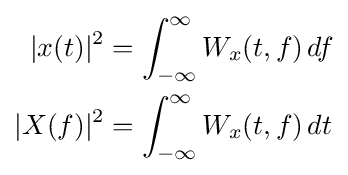
{\begin{aligned}|x(t)|^{2}&=\int _{-\infty }^{\infty }W_{x}(t,f)\,df\\|X(f)|^{2}&=\int _{-\infty }^{\infty }W_{x}(t,f)\,dt\end{aligned}}